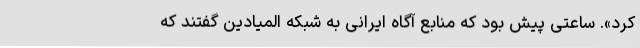
کرد». ساعتی پیش بود که منابع آگاه ایرانی به شبکه المیادین گفتند که